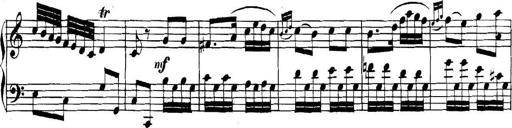
Title: Collected Piano Sonatas
Composer: Muzio Clementi